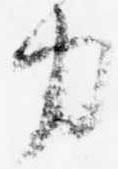
力